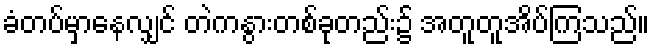
ခံတပ်မှာနေလျှင် တဲကနွားတစ်ခုတည်း၌ အတူတူအိပ်ကြသည်။